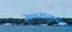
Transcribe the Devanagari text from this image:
२००४सालापासून